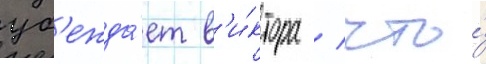
уб'ежда́ет в'и́ктора / что́